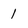
Character: 1